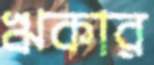
ঋকার